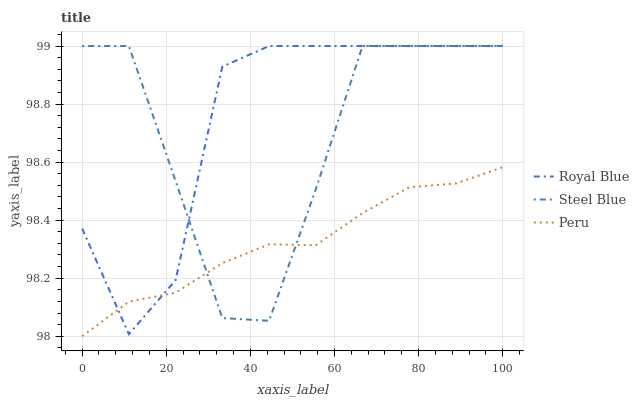
| xaxis_label | Royal Blue | Steel Blue | Peru |
 | --- | --- | --- | --- |
 | 0 | 98.4 | 99 | 98 |
 | 11.1 | 98 | 99 | 98.1 |
 | 22.2 | 98.2 | 98.5 | 98.2 |
 | 33.3 | 98.9 | 98.1 | 98.3 |
 | 44.4 | 99 | 98.1 | 98.3 |
 | 55.6 | 99 | 98.5 | 98.3 |
 | 66.7 | 99 | 99 | 98.4 |
 | 77.8 | 99 | 99 | 98.5 |
 | 88.9 | 99 | 99 | 98.5 |
 | 100 | 99 | 99 | 98.6 |